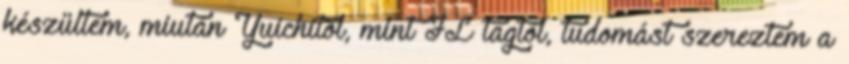
készültem, miután Yuichitól, mint JL tagtól, tudomást szereztem a